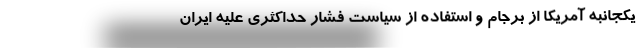
یکجانبه آمریکا از برجام و استفاده از سیاست فشار حداکثری علیه ایران